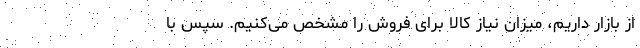
از بازار داریم، میزان نیاز کالا برای فروش را مشخص می‌کنیم. سپس با